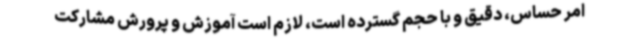
امر حساس، دقیق و با حجم گسترده است، لازم است آموزش و پرورش مشارکت